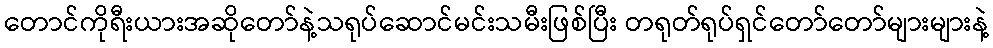
တောင်ကိုရီးယားအဆိုတော်နဲ့သရုပ်ဆောင်မင်းသမီးဖြစ်ပြီး တရုတ်ရုပ်ရှင်တော်တော်များများနဲ့